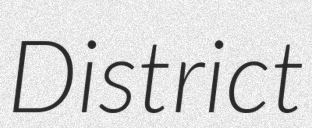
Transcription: District